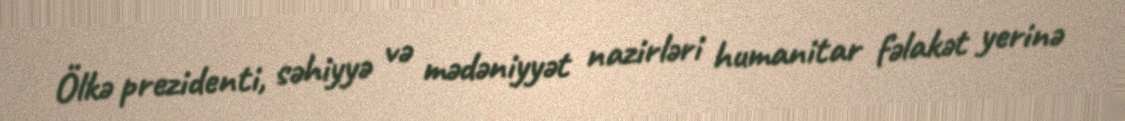
Ölkə prezidenti, səhiyyə və mədəniyyət nazirləri humanitar fəlakət yerinə